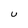
Character: U